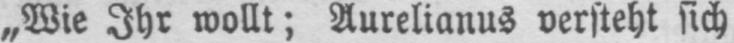
„Wie Ihr wollt; Aurelianus versteht sich